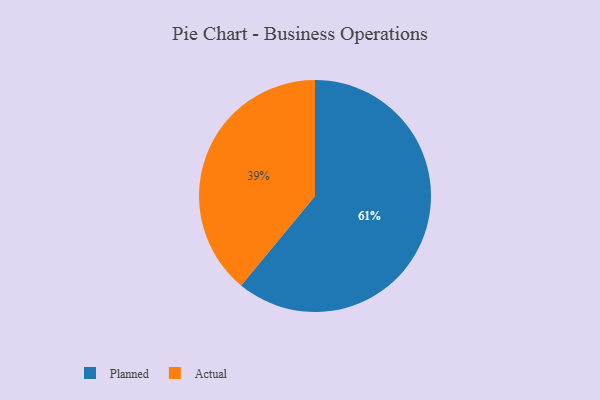
{"axis": {"x": "Category", "y": "Percentage"}, "legend": ["Actual", "Planned"], "data": [{"x": "Planned", "y": 61, "type": "Planned"}, {"x": "Actual", "y": 39, "type": "Actual"}]}